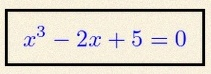
x^3-2x+5=0